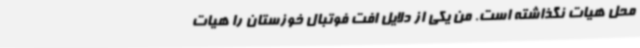
محل هیات نگذاشته است. من یکی از دلایل افت فوتبال خوزستان را هیات